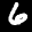
Label: 6